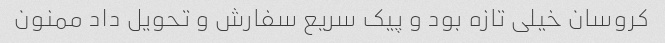
کروسان خیلی تازه بود و پیک سریع سفارش و تحویل داد ممنون